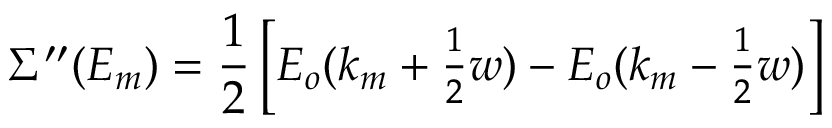
\Sigma ^ { \prime \prime } ( E _ { m } ) = { \frac { 1 } { 2 } } \left[ E _ { o } ( k _ { m } + { \textstyle { \frac { 1 } { 2 } } } w ) - E _ { o } ( k _ { m } - { \textstyle { \frac { 1 } { 2 } } } w ) \right]